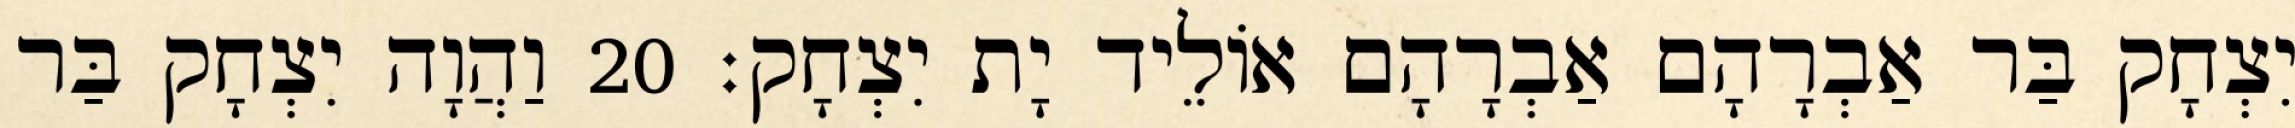
יִצְחָק בַּר אַבְרָהָם אַבְרָהָם אוֹלֵיד יָת יִצְחָק׃ 20 וַהֲוָה יִצְחָק בַּר